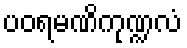
ပဝရမဏိကုဏ္ဍလံ